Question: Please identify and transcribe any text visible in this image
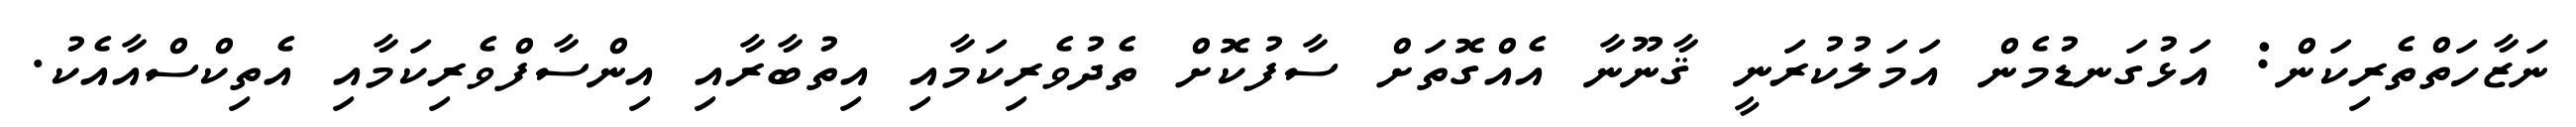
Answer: ނަޒާހަތްތެރިކަން: އަޅުގަނޑުމެން އަމަލުކުރަނީ ޤާނޫނާ އެއްގޮތަށް ސާފުކޮށް ތެދުވެރިކަމާއި އިތުބާރާއި އިންސާފްވެރިކަމާއި އެތިކްސްއާއެކު.